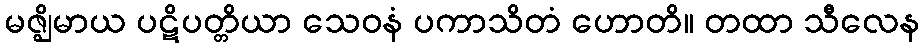
မဇ္ဈိမာယ ပဋိပတ္တိယာ သေဝနံ ပကာသိတံ ဟောတိ။ တထာ သီလေန